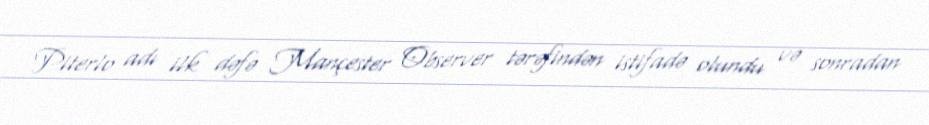
Piterlo adı ilk dəfə Mançester Observer tərəfindən istifadə olundu və sonradan